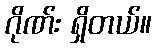
ဂိုဏ်း ရှိတယ်။